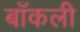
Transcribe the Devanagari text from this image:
बाँकली